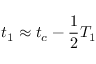
t _ { 1 } \approx t _ { c } - \frac { 1 } { 2 } T _ { 1 }